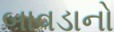
બાવડાનો